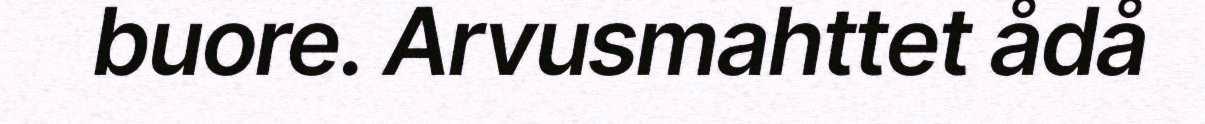
buore. Arvusmahttet ådå